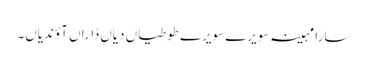
سارا مہینہ سویرے سویرے طوطیاں دیاں ڈاراں آؤندیاں۔